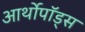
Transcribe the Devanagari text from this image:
आर्थोपॉड्स